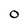
Character: 0